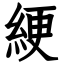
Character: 綆